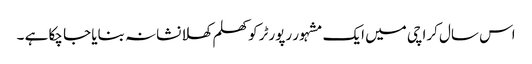
اس سال کراچی میں ایک مشہور رپورٹر کو کھلم کھلا نشانہ بنایا جا چکا ہے ۔